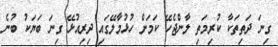
ގިނަ ދަތިތަކާ ކުރިމަތި ލާންޖެހޭ ކަމަށް ހުޅުމާލޭގައި ދިރިއުޅޭ ގިނަ ބަޔަކު ބުނެ